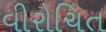
વીરોચિત